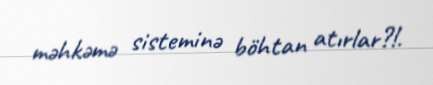
məhkəmə sisteminə böhtan atırlar?!.